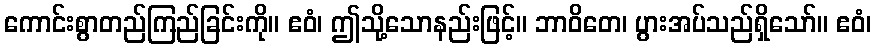
ကောင်းစွာတည်ကြည်ခြင်းကို။ ဧဝံ၊ ဤသို့သောနည်းဖြင့်။ ဘာဝိတေ၊ ပွားအပ်သည်ရှိသော်။ ဧဝံ၊